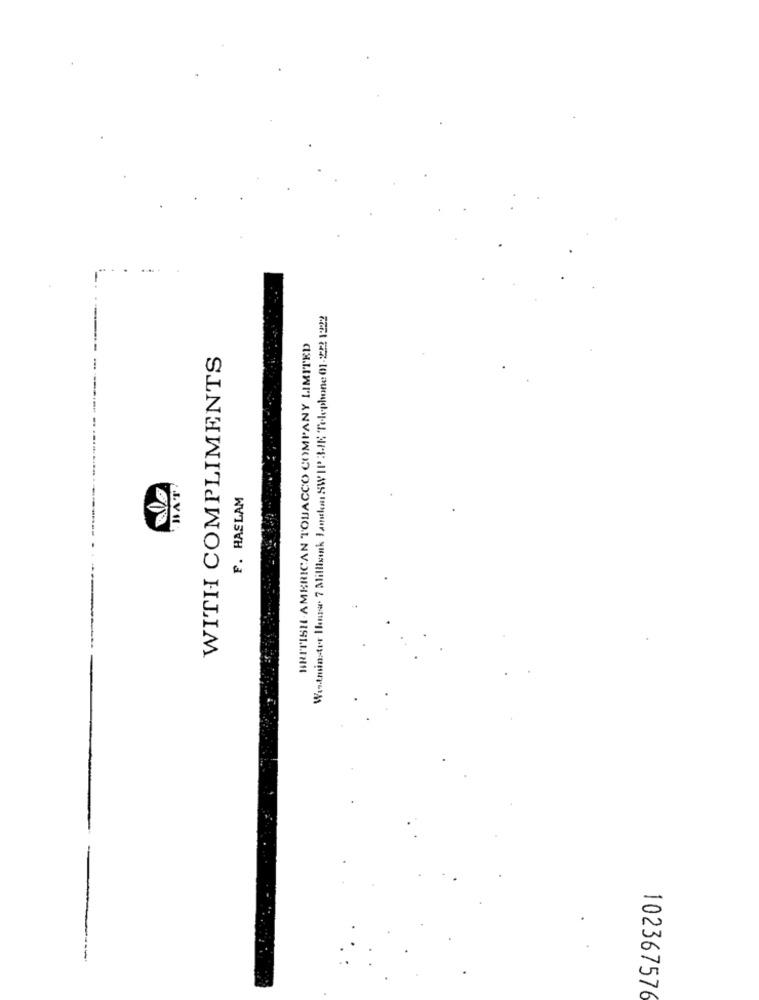
Westminster Hansw. 7 Millisenk Jambon SWIP 3-IK Telephone 01-222 1222
BRITISH AMERICAN TOBACCO COMPANY LIMITED
WITH COMPLIMENTS
BAT
F. HASLAM
-
102367576